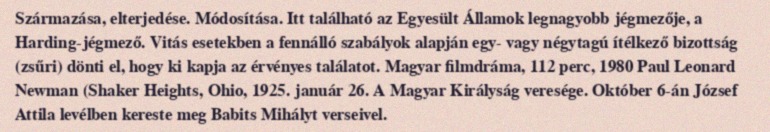
Származása, elterjedése. Módosítása. Itt található az Egyesült Államok legnagyobb jégmezője, a Harding-jégmező. Vitás esetekben a fennálló szabályok alapján egy- vagy négytagú ítélkező bizottság (zsűri) dönti el, hogy ki kapja az érvényes találatot. Magyar filmdráma, 112 perc, 1980 Paul Leonard Newman (Shaker Heights, Ohio, 1925. január 26. A Magyar Királyság veresége. Október 6-án József Attila levélben kereste meg Babits Mihályt verseivel.